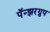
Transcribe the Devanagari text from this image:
पॅन्झरग्रुप